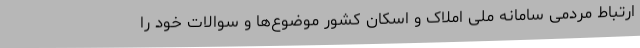
ارتباط مردمی سامانه ملی املاک و اسکان کشور موضوع‌ها و سوالات خود را